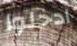
ادخلوا